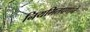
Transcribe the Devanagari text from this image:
नियमितपणाने